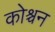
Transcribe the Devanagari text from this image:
कोश्चन